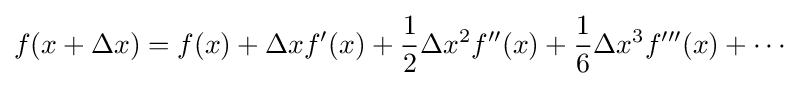
f(x+\Delta x)=f(x)+\Delta xf'(x)+{\frac {1}{2}}\Delta x^{2}f''(x)+{\frac {1}{6}}\Delta x^{3}f'''(x)+\cdots